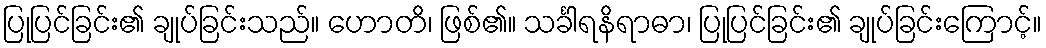
ပြုပြင်ခြင်း၏ ချုပ်ခြင်းသည်။ ဟောတိ၊ ဖြစ်၏။ သင်္ခါရနိရာဓာ၊ ပြုပြင်ခြင်း၏ ချုပ်ခြင်းကြောင့်။